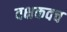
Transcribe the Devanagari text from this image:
वक्षकवच